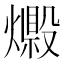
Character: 𤐘